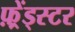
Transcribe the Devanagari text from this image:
फ़्रेंड्स्टर